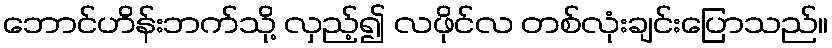
ဘောင်ဟိန်းဘက်သို့ လှည့်၍ လဖိုင်လ တစ်လုံးချင်းပြောသည်။